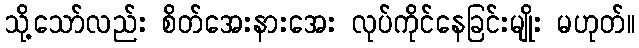
သို့သော်လည်း စိတ်အေးနားအေး လုပ်ကိုင်နေခြင်းမျိုး မဟုတ်။